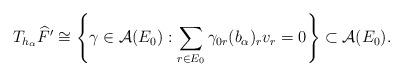
LaTeX: \begin{align*}T_{h_{\alpha}}\widehat{F}'\cong\left\{\gamma\in\mathcal{A}(E_{0}) : \sum_{r \in E_0}\gamma_{0r}(b_{\alpha})_{r}v_{r}=0\right\} \subset \mathcal A(E_0).\end{align*}